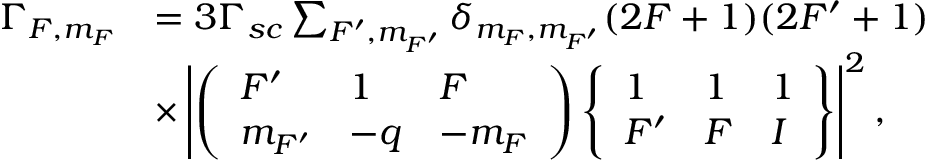
\begin{array} { r } { \begin{array} { r l } { \Gamma _ { F , m _ { F } } } & { = 3 \Gamma _ { s c } \sum _ { F ^ { \prime } , m _ { F ^ { \prime } } } \delta _ { m _ { F } , m _ { F ^ { \prime } } } ( 2 F + 1 ) ( 2 F ^ { \prime } + 1 ) } \\ & { \times \left| \left( \begin{array} { l l l } { F ^ { \prime } } & { 1 } & { F } \\ { m _ { F ^ { \prime } } } & { - q } & { - m _ { F } } \end{array} \right) \left\{ \begin{array} { l l l } { 1 } & { 1 } & { 1 } \\ { F ^ { \prime } } & { F } & { I } \end{array} \right\} \right| ^ { 2 } , } \end{array} } \end{array}